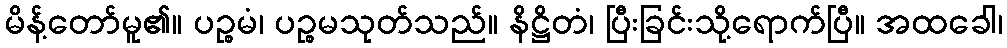
မိန့်တော်မူ၏။ ပဉ္စမံ၊ ပဉ္စမသုတ်သည်။ နိဋ္ဌိတံ၊ ပြီးခြင်းသို့ရောက်ပြီ။ အထခေါ၊